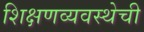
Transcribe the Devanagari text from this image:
शिक्षणव्यवस्थेची